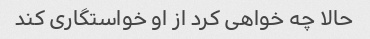
حالا چه خواهی کرد از او خواستگاری کند